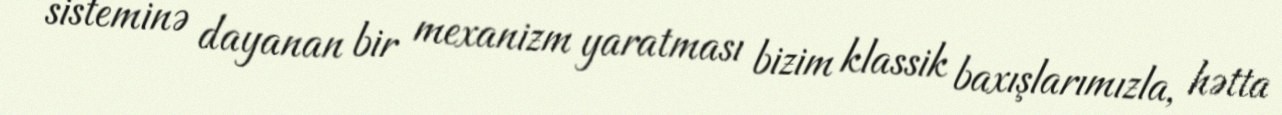
sisteminə dayanan bir mexanizm yaratması bizim klassik baxışlarımızla, hətta